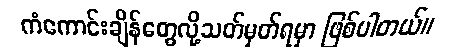
ကံကောင်းချိန်တွေလို့သတ်မှတ်ရမှာ ဖြစ်ပါတယ်။